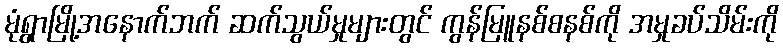
မုံရွာမြို့အနောက်ဘက် ဆက်သွယ်မှုများတွင် ကွန်မြူနစ်စနစ်ကို အမှုခပ်သိမ်းကို